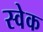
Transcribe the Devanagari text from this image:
स्वेक